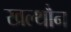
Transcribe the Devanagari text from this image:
खल्थौन